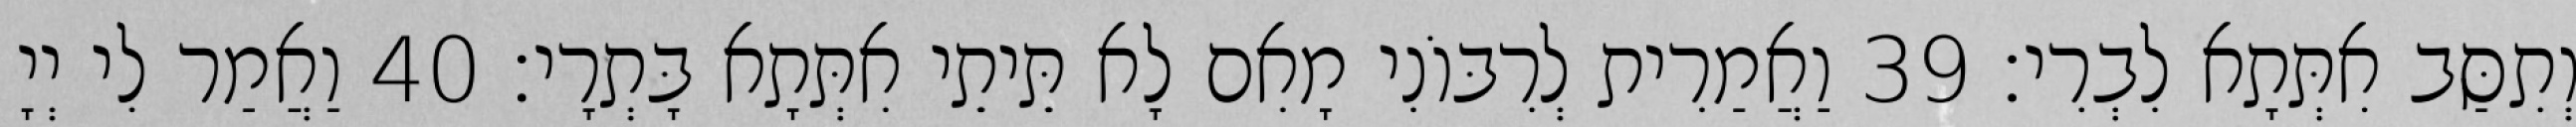
וְתִסַּב אִתְּתָא לִבְרִי׃ 39 וַאֲמַרִית לְרִבּוֹנִי מָאִם לָא תֵּיתֵי אִתְּתָא בָּתְרָי׃ 40 וַאֲמַר לִי יְיָ